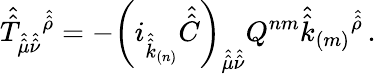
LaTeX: \hat{\hat{T}}_{\hat{\hat{\mu}}\hat{\hat{\nu}}}{}^{\hat{\hat{\rho}}}=-\left(i_{\hat{\hat{k}}_{(n)}}\hat{\hat{C}}\right)_{\hat{\hat{\mu}}\hat{\hat{\nu}}}Q^{nm}\hat{\hat{k}}_{(m)}{}^{\hat{\hat{\rho}}}\, .